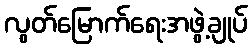
လွတ်မြောက်ရေးအဖွဲ့ချုပ်